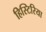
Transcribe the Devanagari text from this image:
हिस्टिरिया